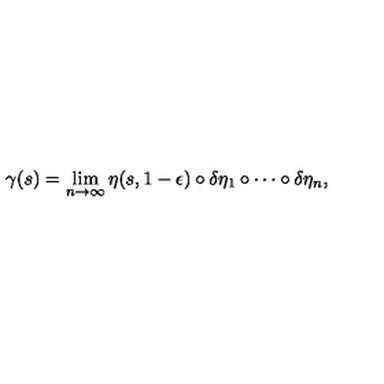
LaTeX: \gamma ( s ) = \lim _ { n \rightarrow \infty } \eta ( s , 1 - \epsilon ) \circ \delta \eta _ { 1 } \circ \cdots \circ \delta \eta _ { n } ,